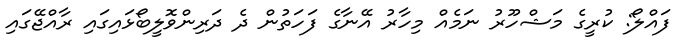
ފައްލޯ: ކުރީގެ މަޝްހޫރު ނަމެއް މިހާރު އޭނާގެ ފަހަތުން ދެ ދަރިންވޮލީބޯޅައިގައި ރާއްޖޭގައި